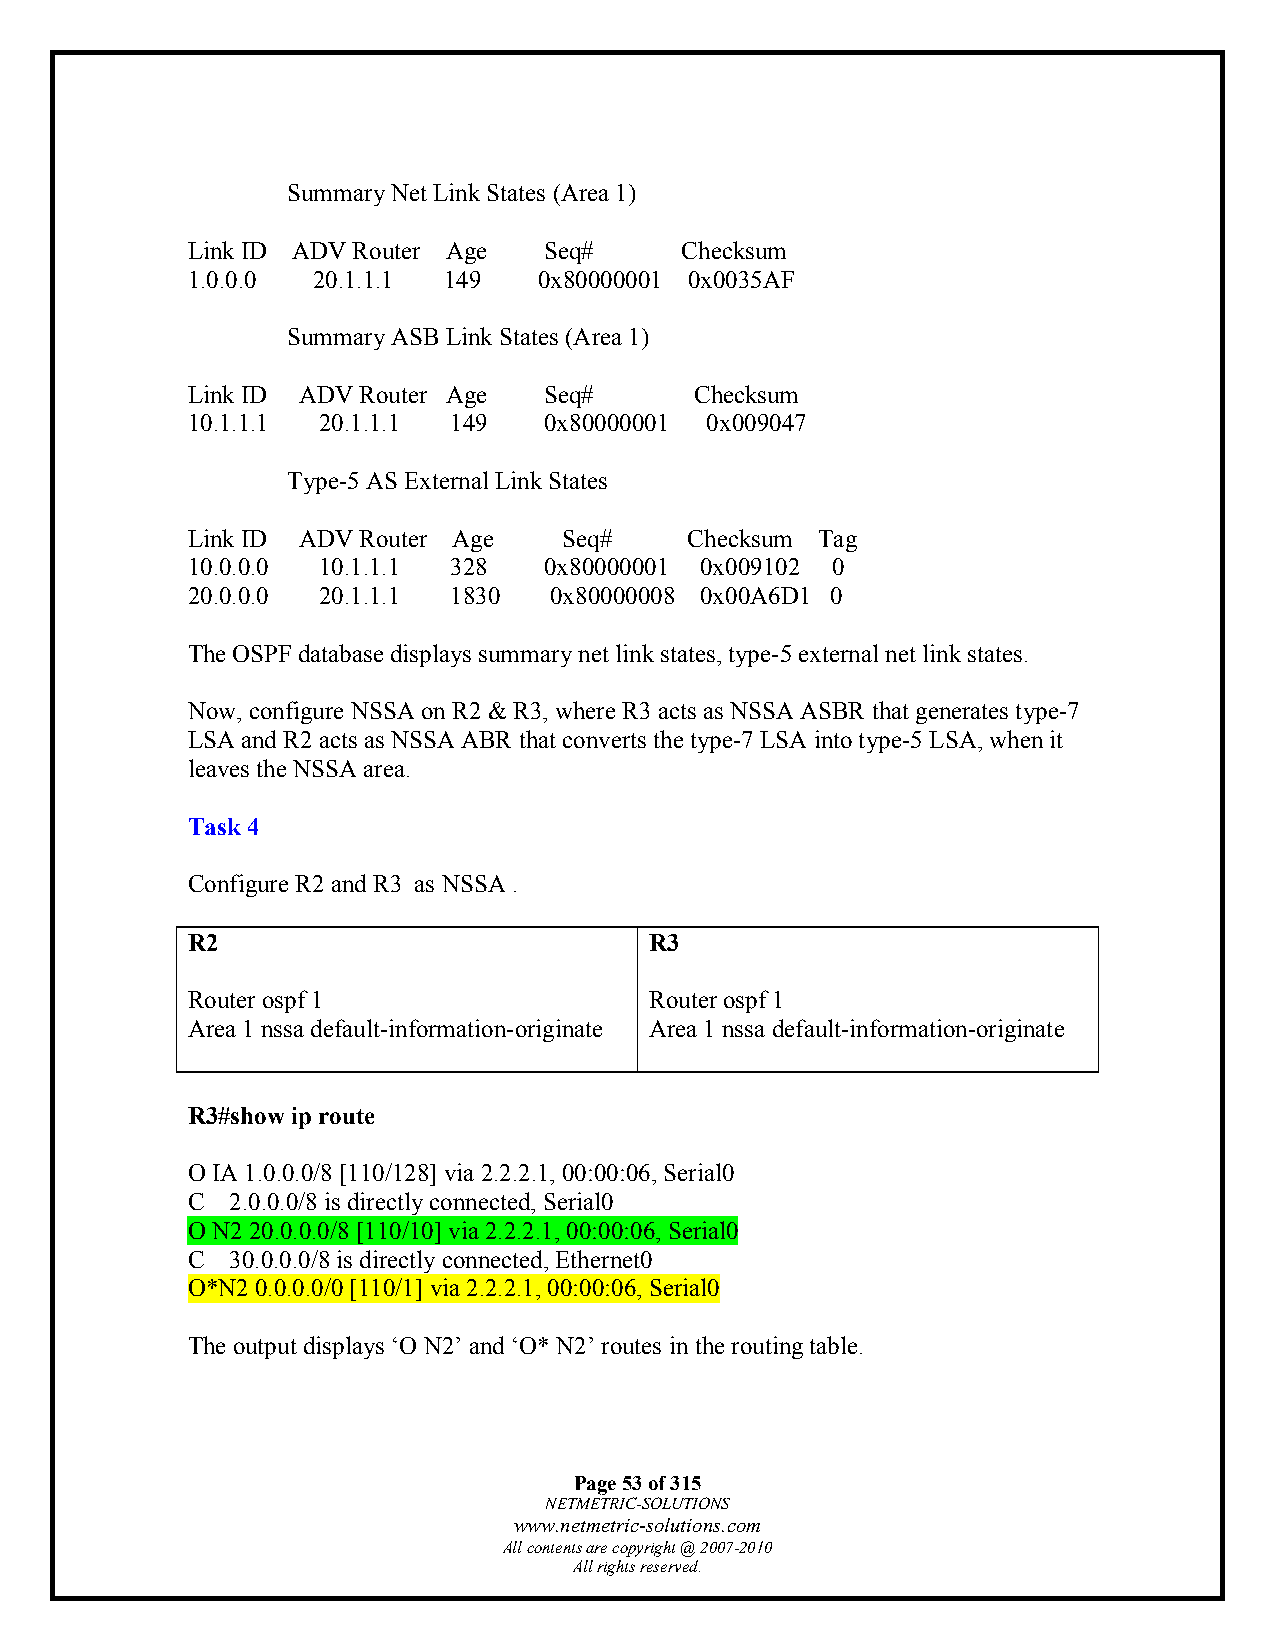
Summary Net Link States (Area 1)
 Link ID ADV Router Age  Seq#     Checksum
 1.0.0.0  20.1.1.1 149   0x80000001 0x0035AF
 Summary ASB Link States (Area 1)
 Link ID ADV Router Age  Seq#      Checksum
 10.1.1.1 20.1.1.1 149   0x80000001 0x009047
 Type-5 AS External Link States
 Link ID ADV Router Age   Seq#     Checksum Tag
 10.0.0.0 10.1.1.1 328   0x80000001 0x009102 0
 20.0.0.0 20.1.1.1 1830  0x80000008 0x00A6D1 0
 The OSPF database displays summary net link states, type-5 external net link states.
 Now, configure NSSA on R2 & R3, where R3 acts as NSSA ASBR that generates type-7
 LSA and R2 acts as NSSA ABR that converts the type-7 LSA into type-5 LSA, when it
 leaves the NSSA area.
 Task 4
 Configure R2 and R3 as NSSA .
 R2                             R3
 Router ospf 1                  Router ospf 1
 Area 1 nssa default-information-originate Area 1 nssa default-information-originate
 R3#show ip route
 O IA 1.0.0.0/8 [110/128] via 2.2.2.1, 00:00:06, Serial0
 C  2.0.0.0/8 is directly connected, Serial0
 O N2 20.0.0.0/8 [110/10] via 2.2.2.1, 00:00:06, Serial0
 C  30.0.0.0/8 is directly connected, Ethernet0
 O*N2 0.0.0.0/0 [110/1] via 2.2.2.1, 00:00:06, Serial0
 The output displays ‘O N2’ and ‘O* N2’ routes in the routing table.
 Page 53 of 315
 NETMETRIC-SOLUTIONS
 www.netmetric-solutions.com
 All contents are copyright @ 2007-2010
 All rights reserved.